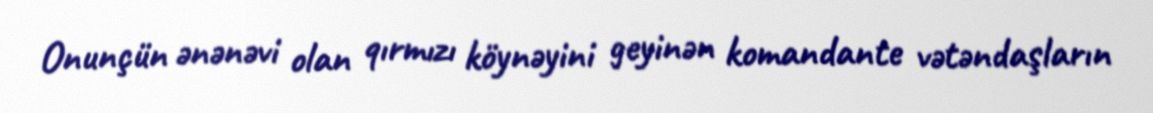
Onunçün ənənəvi olan qırmızı köynəyini geyinən komandante vətəndaşların